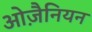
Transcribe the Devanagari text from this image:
ओज़ैनियन